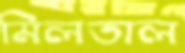
মিলতাল